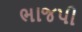
ભાજપી